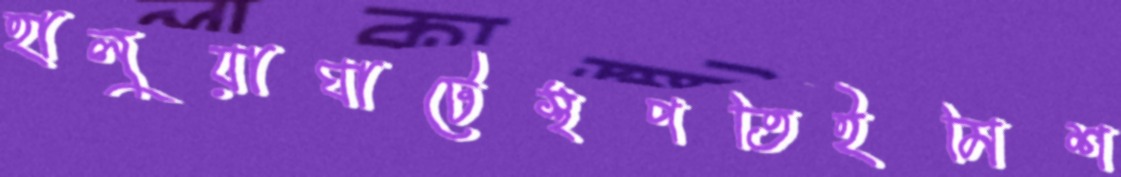
হালুয়াঘাটেস্থপতিইমিশ